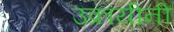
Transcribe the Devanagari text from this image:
उक्रायीनी